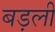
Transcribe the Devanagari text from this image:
बड़ली